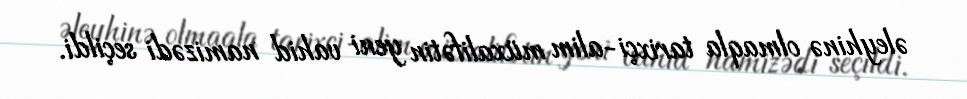
əleyhinə olmaqla tarixçi-alim müxalifətin yeni vahid namizədi seçildi.